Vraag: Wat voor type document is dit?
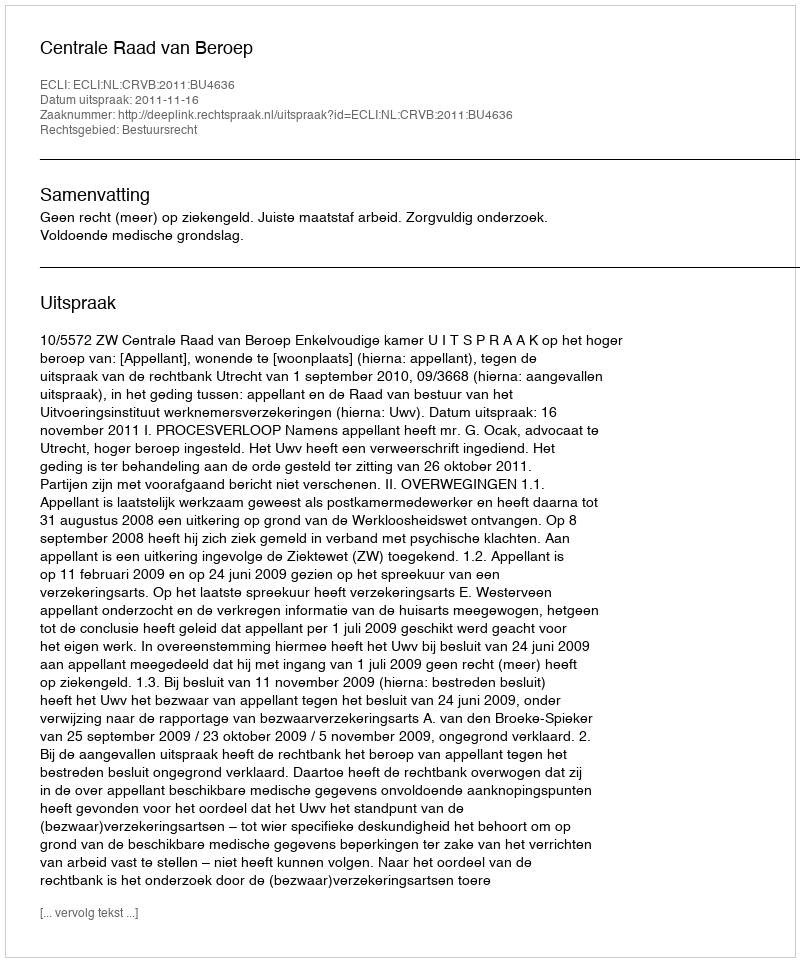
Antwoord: Uitspraak